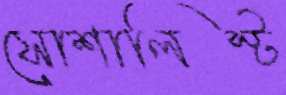
সোশালিস্ট